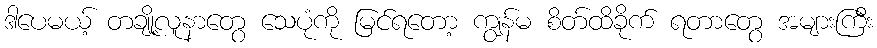
ဒါပေမယ့် တချို့လူနာတွေ သေပုံကို မြင်ရတော့ ကျွန်မ စိတ်ထိခိုက် ရတာတွေ အများကြီး